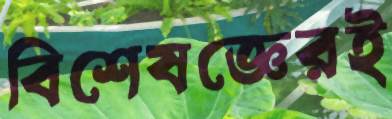
বিশেষজ্ঞেরই